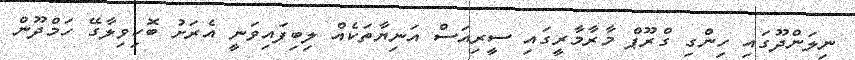
ނިލަންދޫގައި ހިންގި ގްރޫޕް މާރާމާރީގައި ސީރިއަސް އަނިޔާތަކެއް ލިބިފައިވަނީ އެރަށު ބޮކިވިލާގޭ ހަމްދޫން